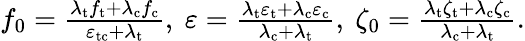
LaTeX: \begin{array}{r}{f_{0}=\frac{\lambda_{\mathrm{t}}f_{\mathrm{t}}+\lambda_{\mathrm{c}}f_{\mathrm{c}}}{\varepsilon_{\mathrm{tc}}+\lambda_{\mathrm{t}}},\ \varepsilon=\frac{\lambda_{\mathrm{t}}\varepsilon_{\mathrm{t}}+\lambda_{\mathrm{c}}\varepsilon_{\mathrm{c}}}{\lambda_{\mathrm{c}}+\lambda_{\mathrm{t}}},\ \zeta_{0}=\frac{\lambda_{\mathrm{t}}\zeta_{\mathrm{t}}+\lambda_{\mathrm{c}}\zeta_{\mathrm{c}}}{\lambda_{\mathrm{c}}+\lambda_{\mathrm{t}}}.}\end{array}